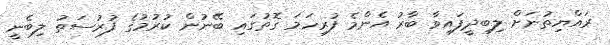
ރައްޔިތުނަށް ލިބިދީފައިވާ ބާރު އެންމެ ފުރިހަމަ ގޮތުގައި ބޭނުން ކުރުމުގެ ފުރުސަތު ލިބެނީ